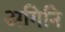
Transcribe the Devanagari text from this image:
अगिनि